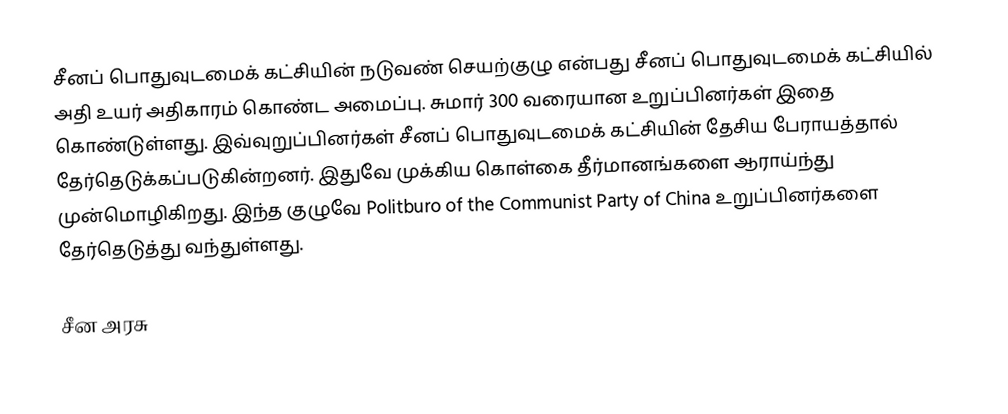
சீனப் பொதுவுடமைக் கட்சியின் நடுவண் செயற்குழு என்பது சீனப் பொதுவுடமைக் கட்சியில் அதி உயர் அதிகாரம் கொண்ட அமைப்பு. சுமார் 300 வரையான உறுப்பினர்கள் இதை கொண்டுள்ளது. இவ்வுறுப்பினர்கள் சீனப் பொதுவுடமைக் கட்சியின் தேசிய பேராயத்தால் தேர்தெடுக்கப்படுகின்றனர். இதுவே முக்கிய கொள்கை தீர்மானங்களை ஆராய்ந்து முன்மொழிகிறது. இந்த குழுவே Politburo of the Communist Party of China உறுப்பினர்களை தேர்தெடுத்து வந்துள்ளது.

சீன அரசு